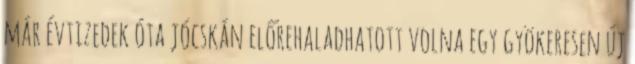
már évtizedek óta jócskán előrehaladhatott volna egy gyökeresen új